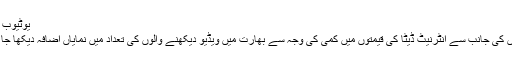
یوٹیوب نے صارفین کی مشکل آسان کر دی ہے
ماہرین کے مطابق متعدد بھارتی کمپنیوں کی جانب سے انٹرنیٹ ڈیٹا کی قیمتوں میں کمی کی وجہ سے بھارت میں ویڈیو دیکھنے والوں کی تعداد میں نمایاں اضافہ دیکھا جا رہا ہے، جب کہ مزید اضافہ متوقع ہے۔